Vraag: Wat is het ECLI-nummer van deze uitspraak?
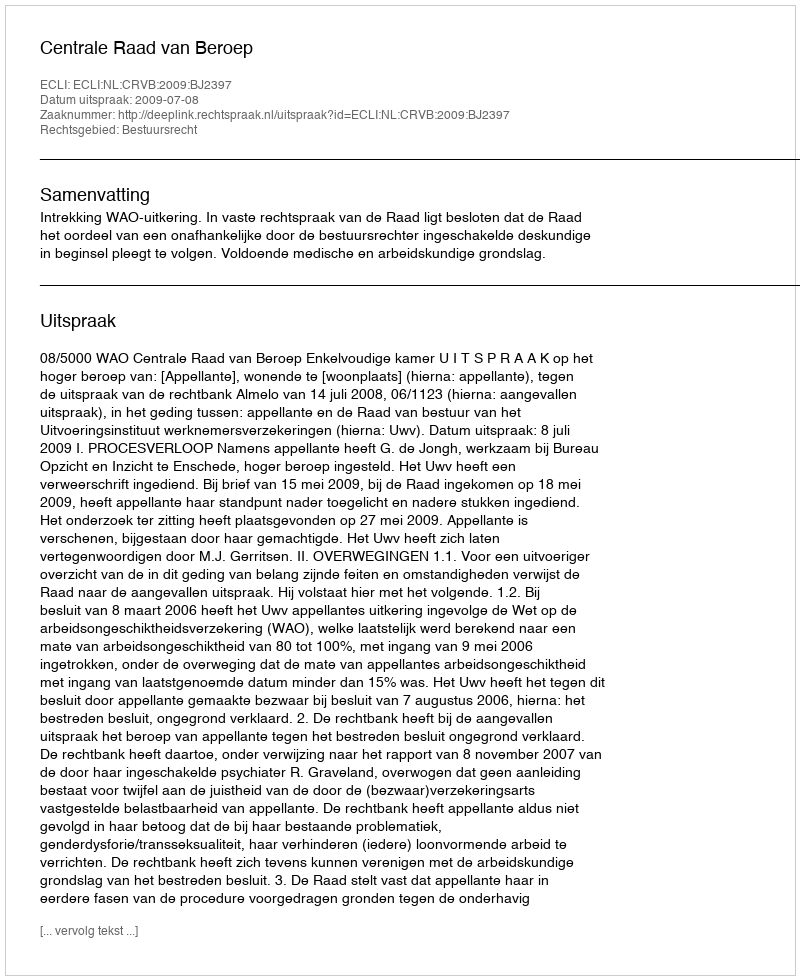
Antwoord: ECLI:NL:CRVB:2009:BJ2397